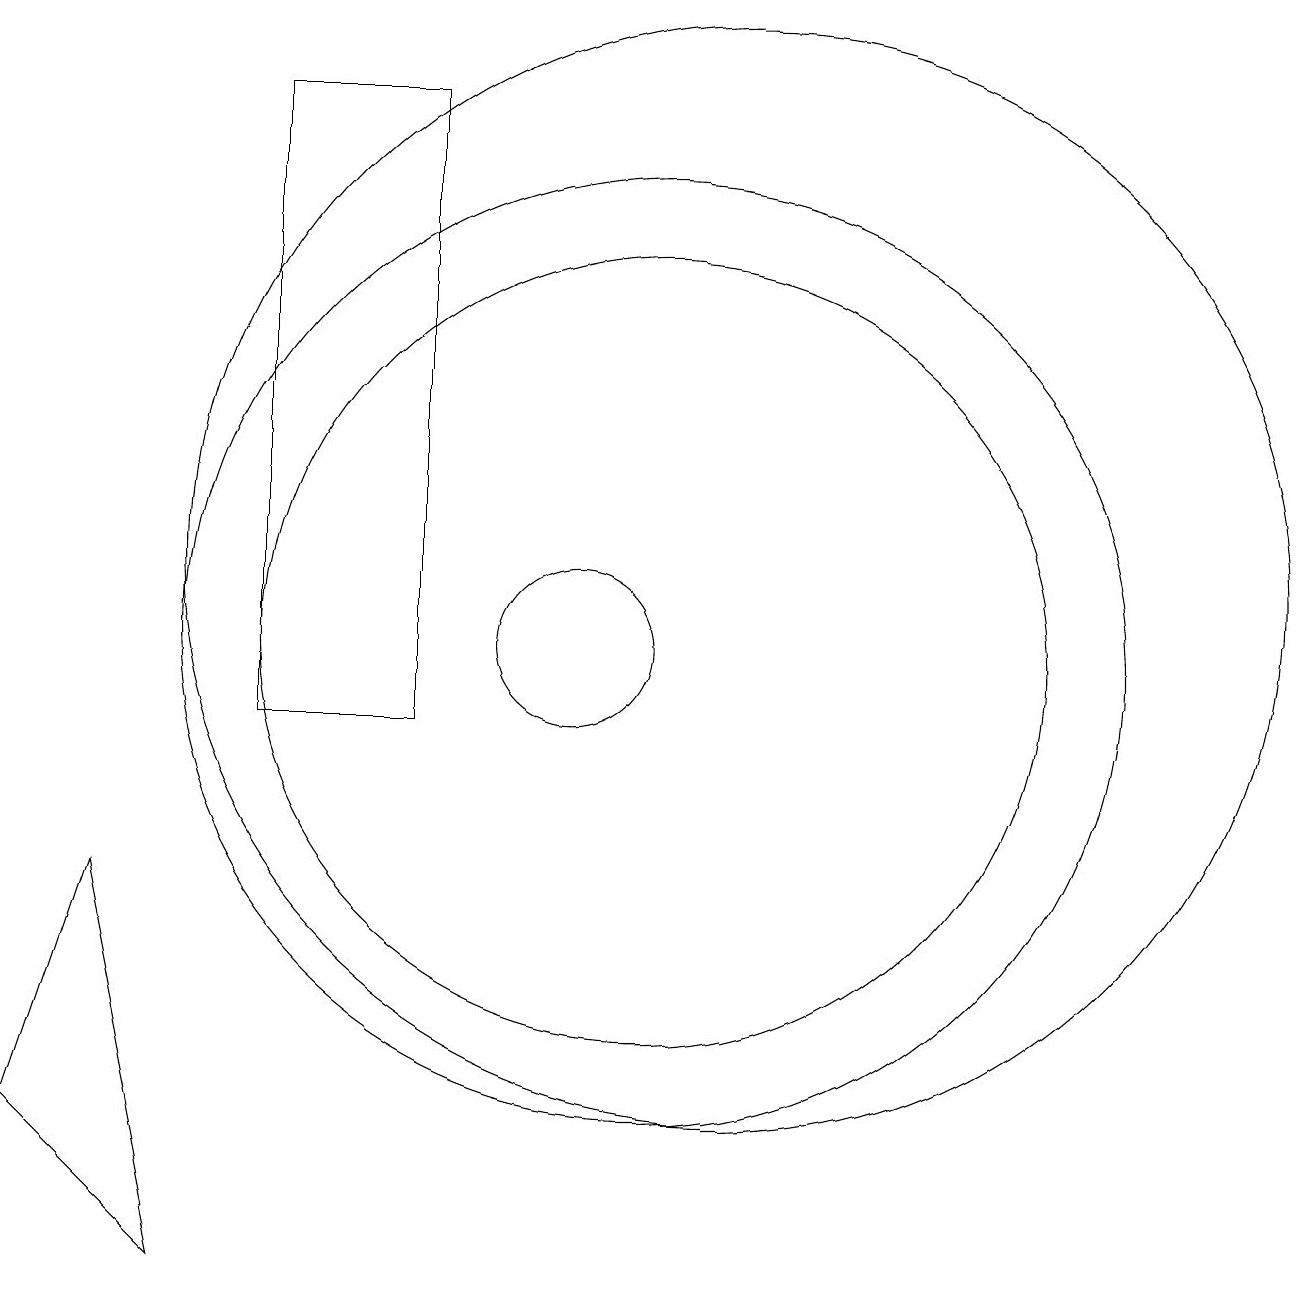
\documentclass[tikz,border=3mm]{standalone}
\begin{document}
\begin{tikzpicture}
\draw (10,11) circle (1);
\draw (11,11) circle (5);
\draw (8,10) rectangle (6,18);
\draw (5,3) -- (4,8) -- (3,5) -- cycle;
\draw (11,11) circle (6);
\draw (12,12) circle (7);
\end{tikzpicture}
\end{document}